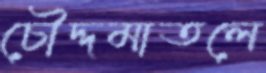
চৌদ্দমাতলে